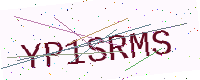
Text: YP1SRMS